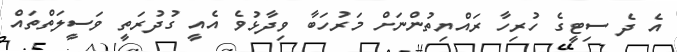
އެ ދެ ސިޓީގެ ހުރިހާ ރައްޔިތުންނަށް މަރުހަބާ ވިދާޅުވެ އެއީ ގުދުރަތީ ވަސީލަތްތައް